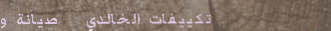
تكييفات الخالدي   صيانة و